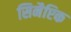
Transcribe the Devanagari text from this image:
सिनैप्टिक